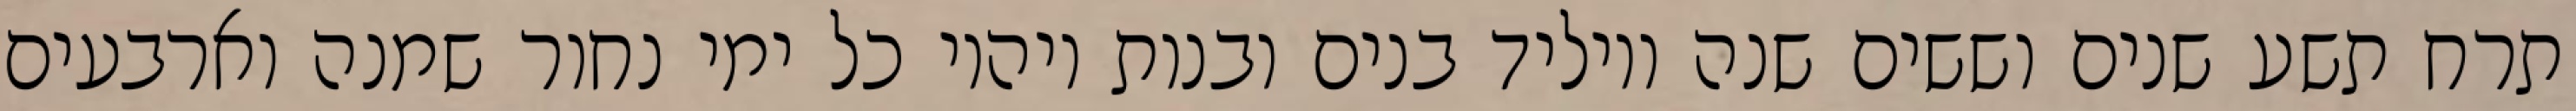
תרח תשע שנים וששים שנה ויוליד בנים ובנות ויהיו כל ימי נחור שמנה וארבעים